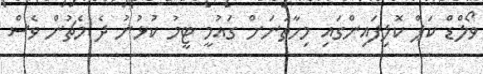
ވޯލްޑް ކަޕް ކޮލިފައިންގައި މިހާތަނަށް ގައުމީ ޓީމު ކުޅުނު ދެ މެޗުން ވެސް